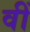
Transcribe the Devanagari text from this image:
वीं